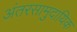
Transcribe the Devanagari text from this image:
अंतरसामुदायिक